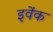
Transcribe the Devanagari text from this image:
इवेंक